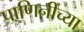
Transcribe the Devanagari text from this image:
पाणिनींच्या